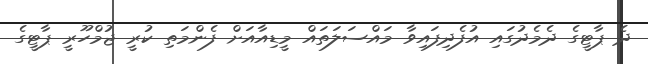
ދެ ޕާޓީގެ ދެމެދުގައި އުފެދިފައިވާ މައްސަލަތައް މީޑިއާއަށް ފެންމަތި ކުރީ ޖުމްހޫރީ ޕާޓީގެ